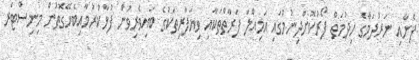
ފެނާއި ނަރުދަމާގެ ހިދުމަތް ފޯރުކޮށްދިނުމުގައި އަމިއްލަ ފަރާތްތަކާއި ވިޔަފާރިތަކުގެ ބައިވެރިވުން ފުޅާކުރުމާއިބެހޭގޮތުން މިނިސްޓަރ